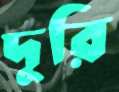
দূরি